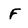
Character: F